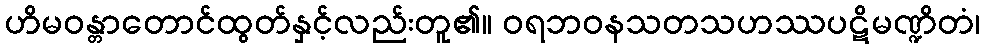
ဟိမဝန္တာတောင်ထွတ်နှင့်လည်းတူ၏။ ဝရဘဝနသတသဟဿပဋိမဏ္ဍိတံ၊